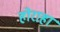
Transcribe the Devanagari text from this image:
होराहा